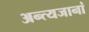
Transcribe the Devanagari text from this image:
अन्त्यजानां